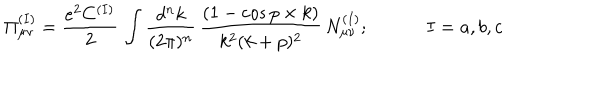
LaTeX: \Pi _ { \mu \nu } ^ { ( I ) } = { \frac { e ^ { 2 } C ^ { ( I ) } } { 2 } } \, \int { \frac { d ^ { n } k } { ( 2 \pi ) ^ { n } } } \, { \frac { ( 1 - \cos p \times k ) } { k ^ { 2 } ( k + p ) ^ { 2 } } } \, N _ { \mu \nu } ^ { ( I ) } ; \; \; I = a , b , c